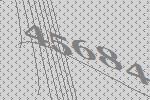
45684